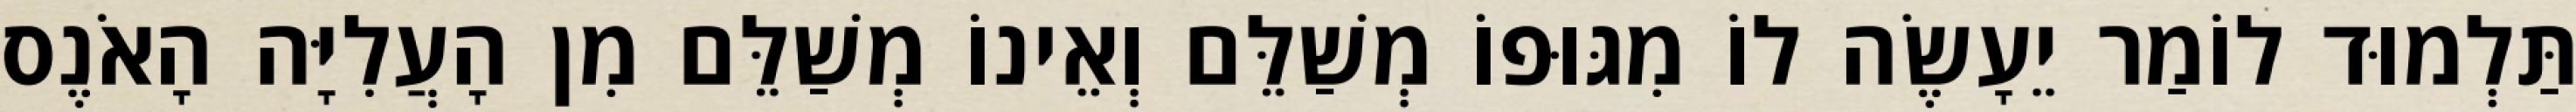
תַּלְמוּד לוֹמַר יֵעָשֶׂה לוֹ מִגּוּפוֹ מְשַׁלֵּם וְאֵינוֹ מְשַׁלֵּם מִן הָעֲלִיָּה הָאֹנֶס